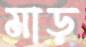
মাড়